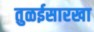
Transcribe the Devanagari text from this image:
तुळईसारखा